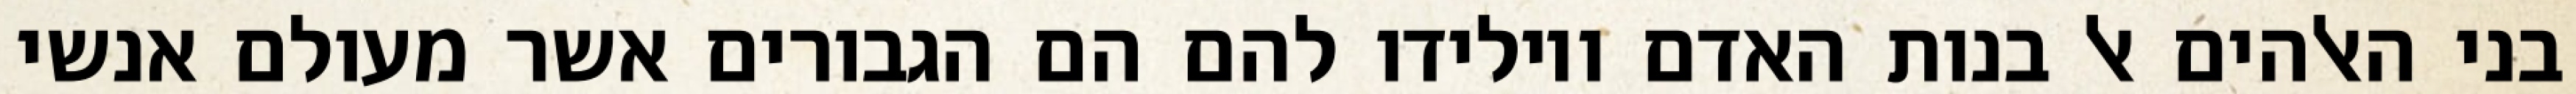
בני האלהים אל בנות האדם ויולידו להם הם הגבורים אשר מעולם אנשי